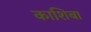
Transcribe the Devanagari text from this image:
काशिबा